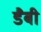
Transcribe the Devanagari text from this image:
डैबी